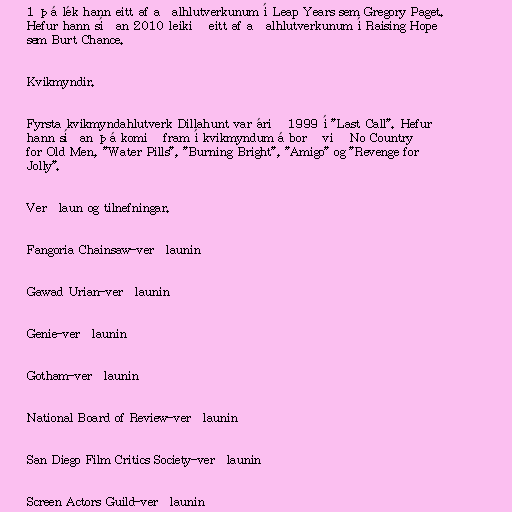
1 þá lék hann eitt af aðalhlutverkunum í Leap Years sem Gregory Paget.
Hefur hann síðan 2010 leikið eitt af aðalhlutverkunum í Raising Hope
sem Burt Chance.

Kvikmyndir.

Fyrsta kvikmyndahlutverk Dillahunt var árið 1999 í "Last Call". Hefur
hann síðan þá komið fram í kvikmyndum á borð við No Country
for Old Men, "Water Pills", "Burning Bright", "Amigo" og "Revenge for
Jolly".

Verðlaun og tilnefningar.

Fangoria Chainsaw-verðlaunin

Gawad Urian-verðlaunin

Genie-verðlaunin

Gotham-verðlaunin

National Board of Review-verðlaunin

San Diego Film Critics Society-verðlaunin

Screen Actors Guild-verðlaunin